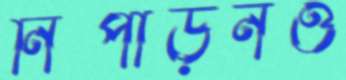
নিপীড়নও